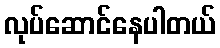
လုပ်ဆောင်နေပါတယ်